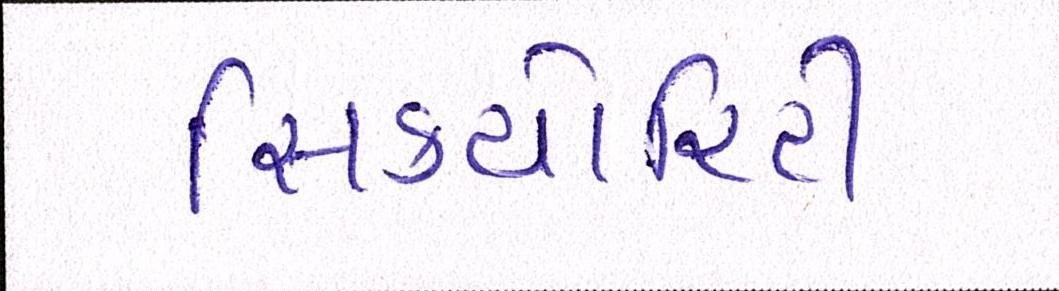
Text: સિક્યોરિટી